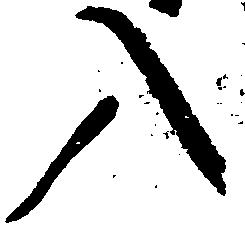
入